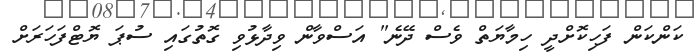
ކަންކަން ފަހިކޮށްދީ ހިމާޔަތް ވެސް ދޭނެ" އަސްވާން ވިދާޅުވި ގޮތުގައި ސުޕަ ޔޮޓްފަހަރަށް